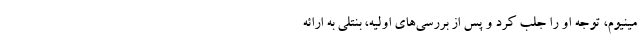
مینیوم، توجه او را جلب کرد و پس از بررسی‌های اولیه، بنتلی به ارائه